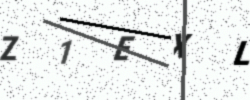
Text: Z1EXL